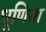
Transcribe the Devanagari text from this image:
धूणिया